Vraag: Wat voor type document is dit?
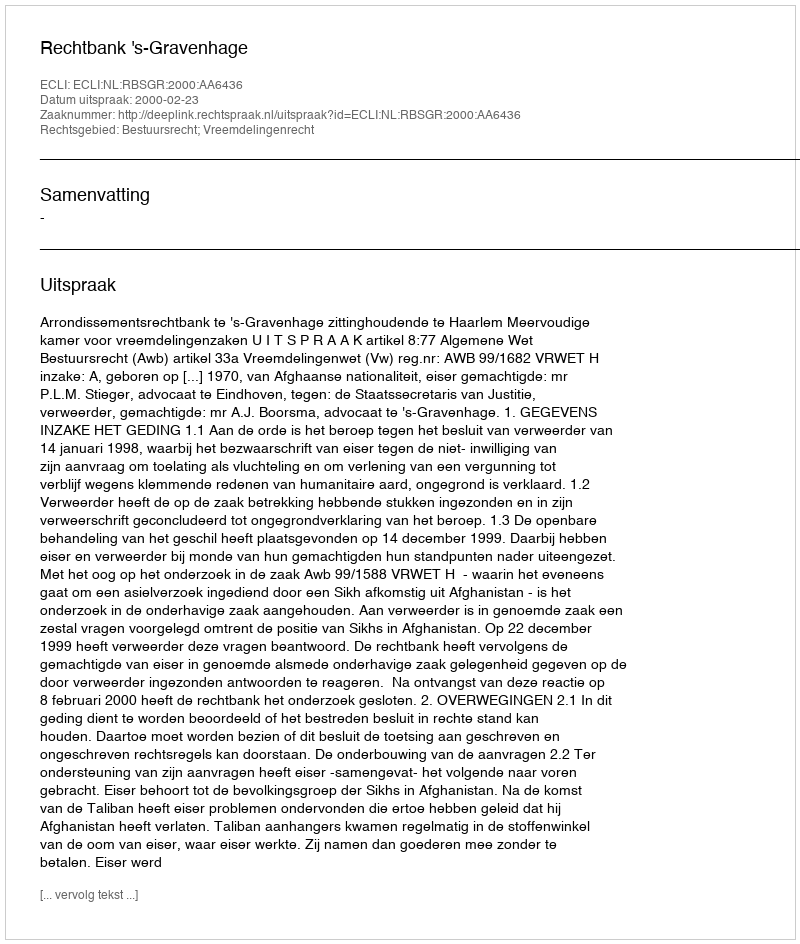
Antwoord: Uitspraak